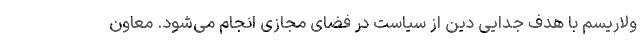
ولاریسم با هدف جدایی دین از سیاست در فضای مجازی انجام می‌شود. معاون